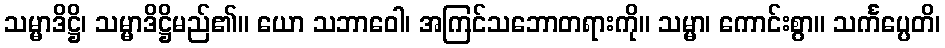
သမ္မာဒိဋ္ဌိ၊ သမ္မာဒိဋ္ဌိမည်၏။ ယော သဘာဝေါ၊ အကြင်သဘောတရားကို။ သမ္မာ၊ ကောင်းစွာ။ သင်္ကပ္ပေတိ၊